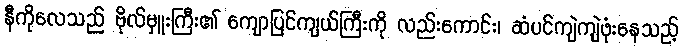
နီကိုလေသည် ဗိုလ်မှူးကြီး၏ ကျောပြင်ကျယ်ကြီးကို လည်းကောင်း၊ ဆံပင်ကျဲကျဲဖုံးနေသည့်